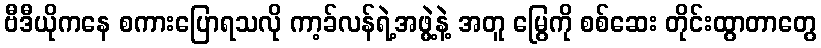
ဗီဒီယိုကနေ စကားပြောရသလို ကာ့ခ်လန်ရဲ့အဖွဲ့နဲ့ အတူ မြွေကို စစ်ဆေး တိုင်းထွာတာတွေ